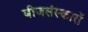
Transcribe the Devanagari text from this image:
बीजसंस्कारों